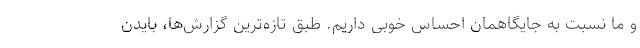
و ما نسبت به جایگاهمان احساس خوبی داریم. طبق تازه‌ترین گزارش‌ها، بایدن